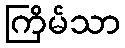
ကြိမ်သာ